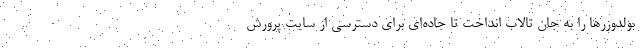
بولدوزرها را به جان تالاب انداخت تا جاده‌ای برای دسترسی از سایت پرورش